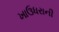
ખાઉધરાની